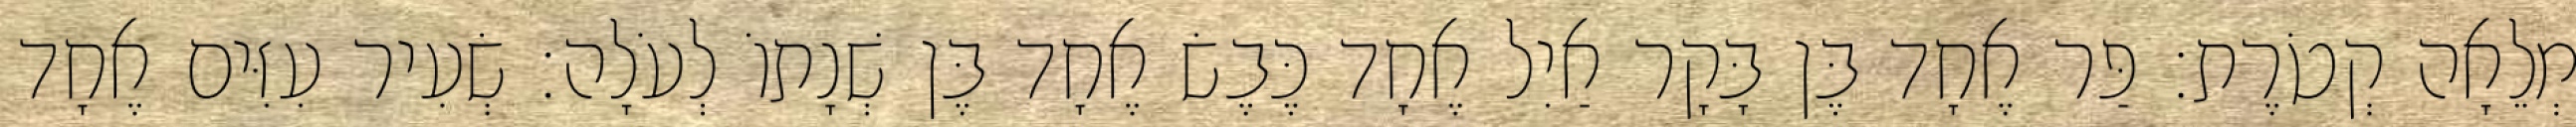
מְלֵאָה קְטֹרֶת׃ פַּר אֶחָד בֶּן בָּקָר אַיִל אֶחָד כֶּבֶשׂ אֶחָד בֶּן שְׁנָתוֹ לְעֹלָה׃ שְׂעִיר עִזִּים אֶחָד